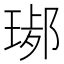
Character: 𤧢